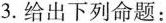
3.给出下列命题：